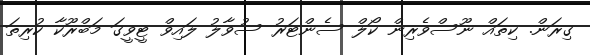
ގިރަން. ކިތައް ނޫސްވެރިން ކޯލް ސެންޓަރު ސުވާލު ލައިވް ޓީވީގަ މަބްރޫކާ ކުރިތަ